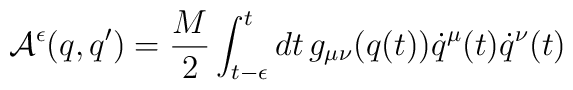
{\cal A}^\epsilon (q,q') = \frac{M}{2} \int_{t-\epsilon }^{t} dt\,g_{\mu\nu} (q(t)) \dot{q}^\mu(t) \dot{q}^\nu(t)